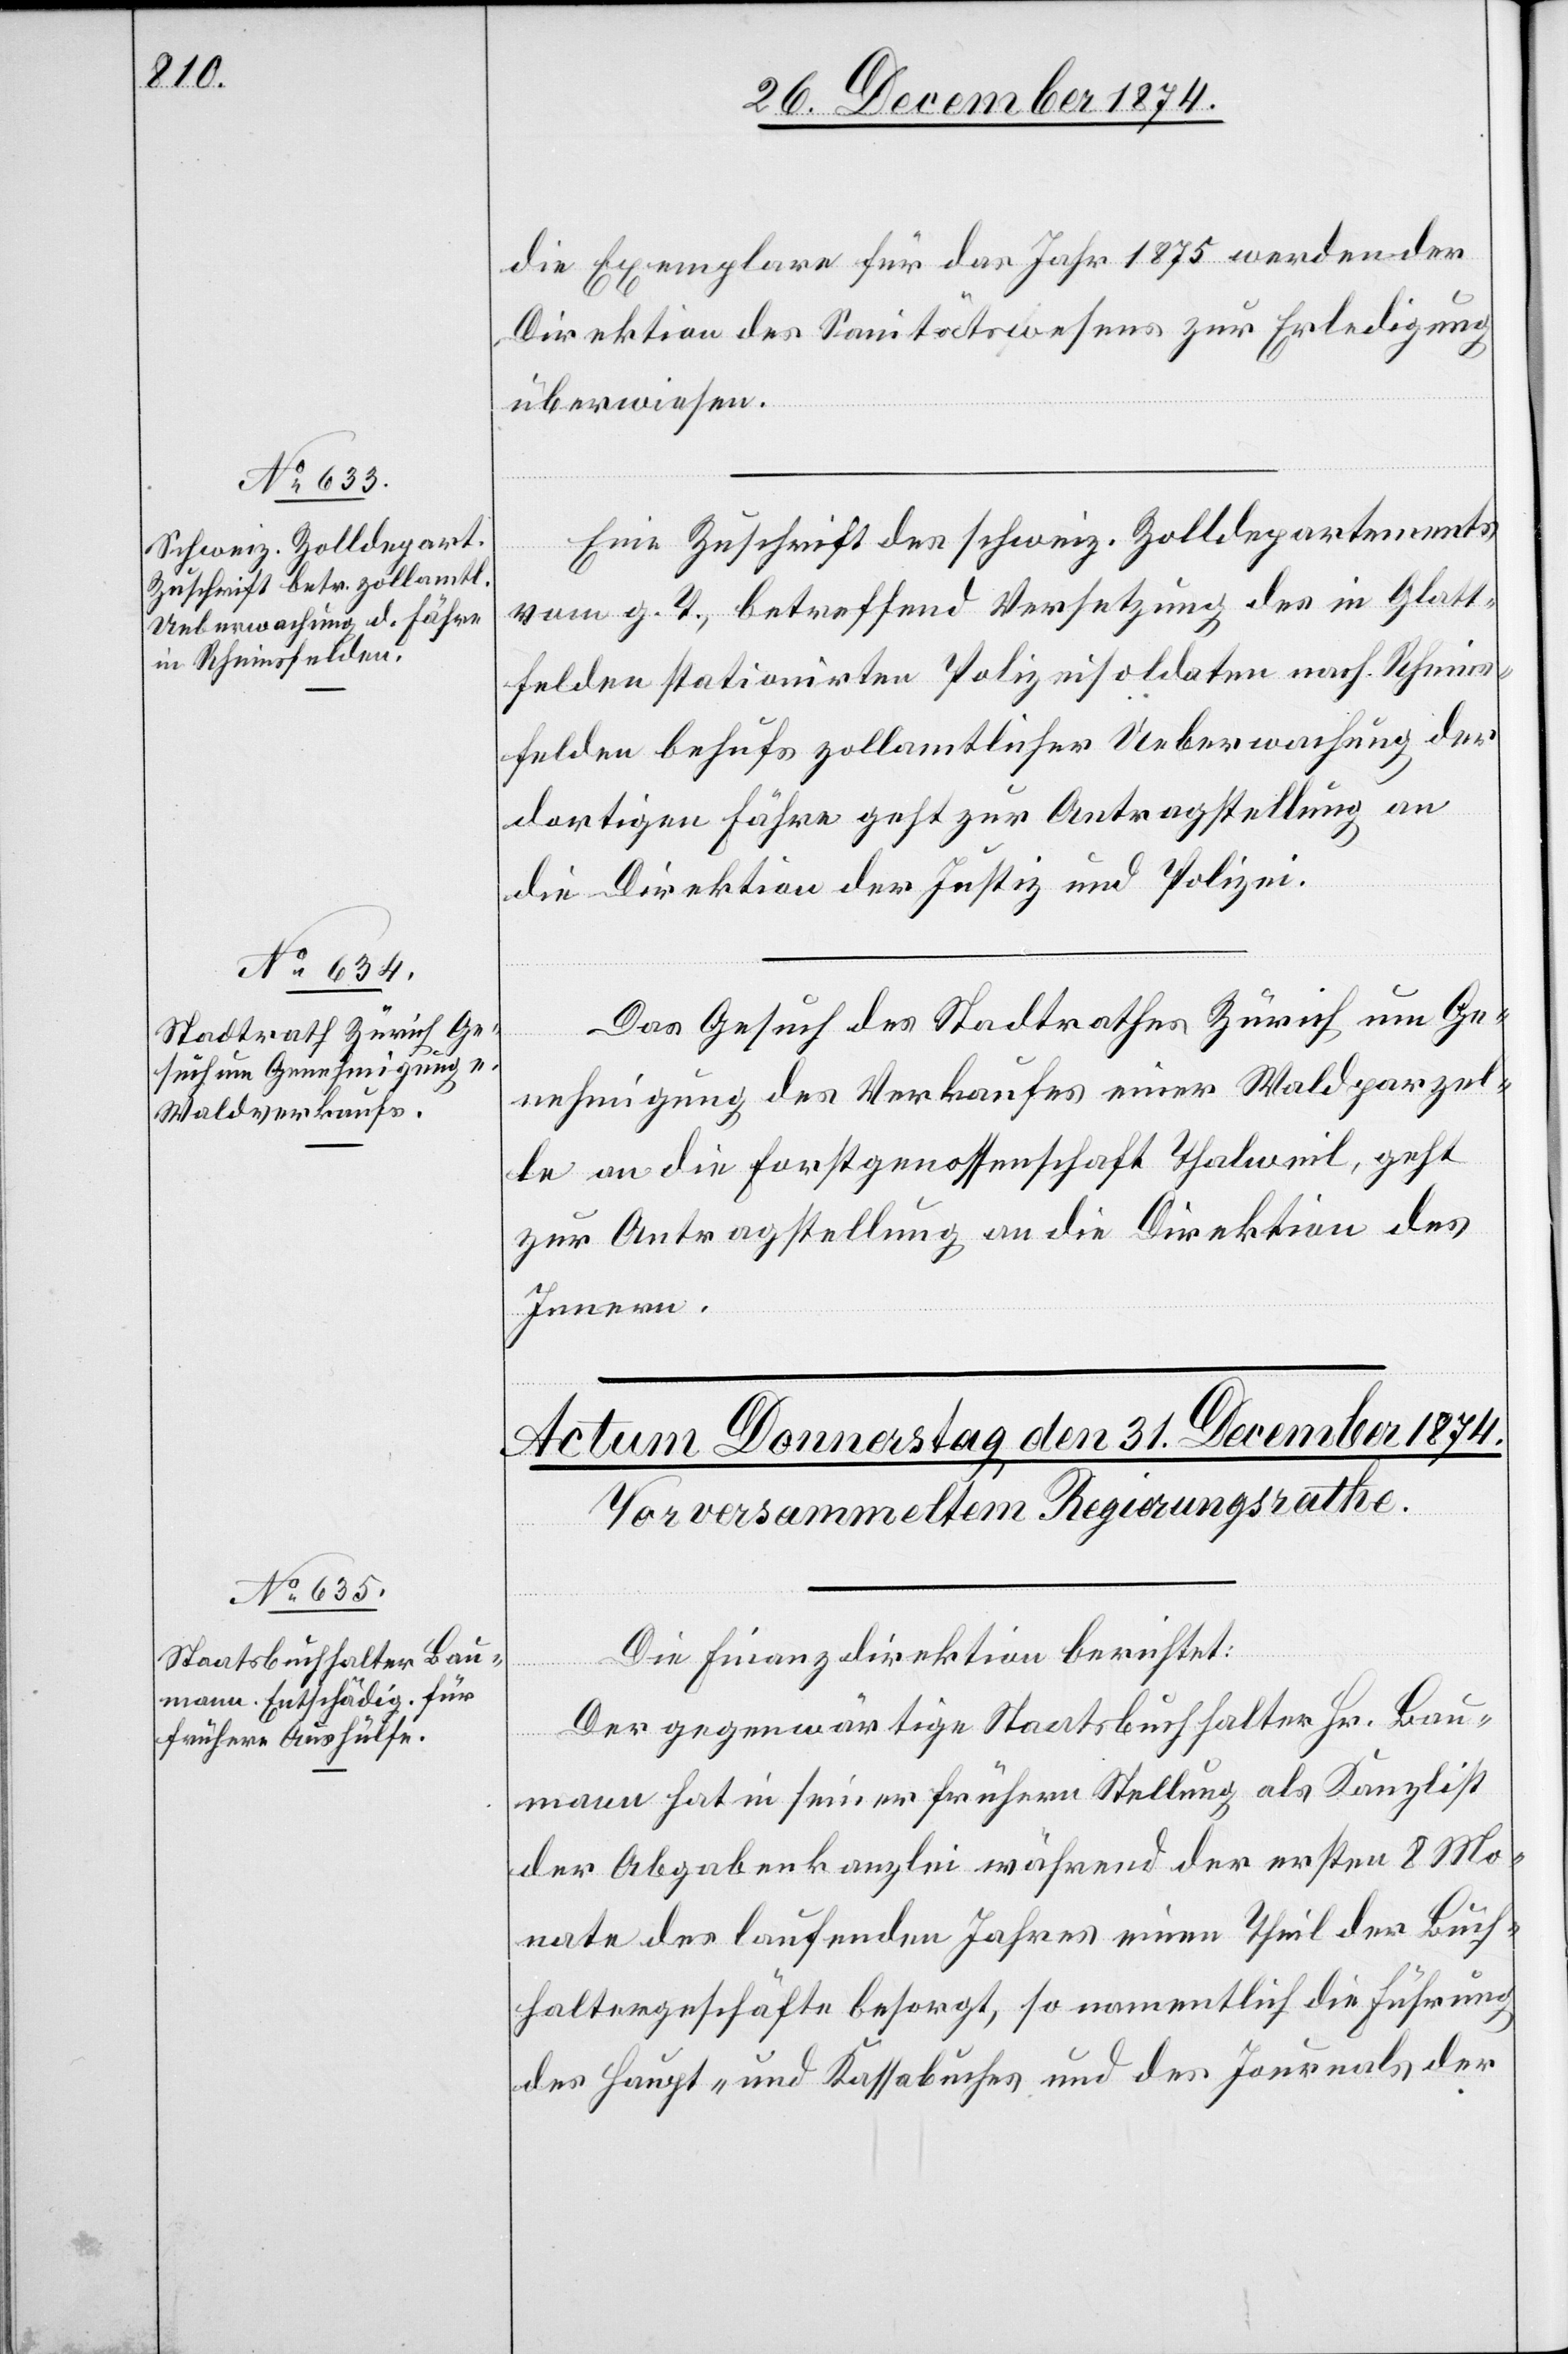
30. December 1874.]
die Exemplare für das Jahr 1875 werden der
Direktion des Sanitätswesens zur Erledigung
überwiesen.
Eine Zuschrift des schweiz. Zolldepartements
vom g. T., betreffend Versetzung des in Glatt¬
felden stationirten Polizeisoldaten nach Rhein¬
felden behufs zollamtlicher Ueberwachung der
dortigen Fähre geht zur Antragstellung an
die Direktion der Justiz und Polizei.
Das Gesuch des Stadtrathes Zürich um Ge¬
nehmigung des Verkaufes einer Waldparzel¬
le an die Forstgenossenschaft Thalweil, geht
zur Antragstellung an die Direktion des
Innern.
Die Finanzdirektion berichtet:
Der gegenwärtige Staatsbuchhalter Hr. Bau¬
mann hat in seiner frühern Stellung als Kanzlist
der Abgabenkanzlei während der ersten 8 Mo¬
nate des laufenden Jahres einen Theil der Buch¬
haltergeschäfte besorgt, so namentlich die Führung
des Haupt- und Kassabuches und des Journals der